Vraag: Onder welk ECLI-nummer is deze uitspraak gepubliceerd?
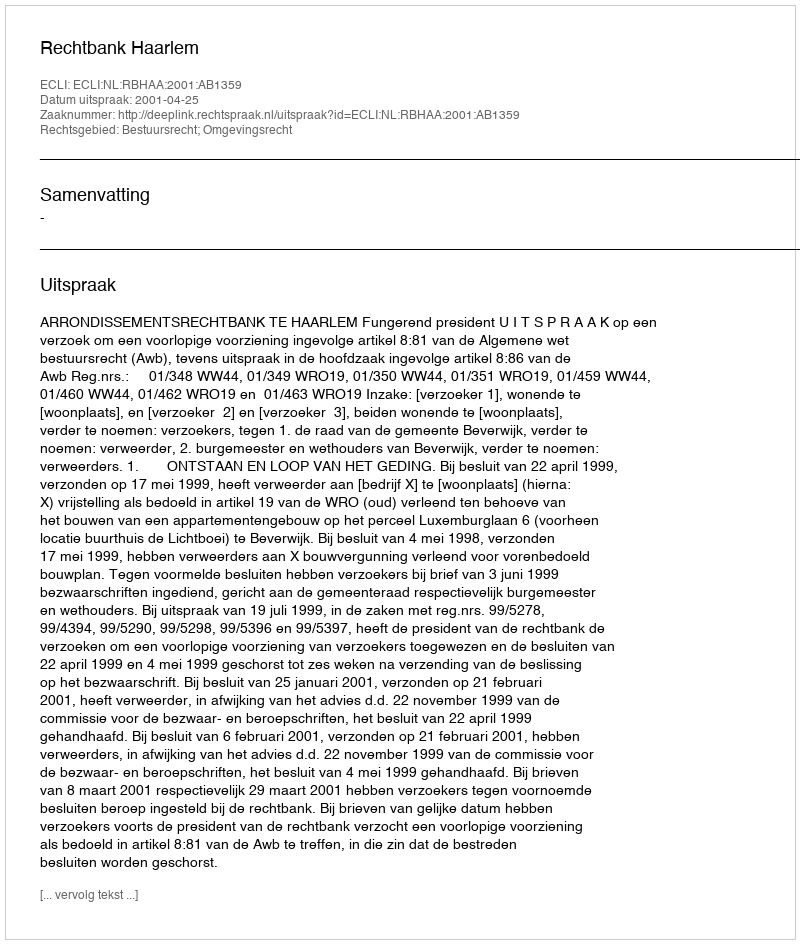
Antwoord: ECLI:NL:RBHAA:2001:AB1359